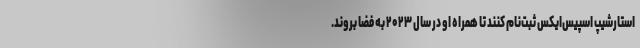
استارشیپ اسپیس‌ایکس ثبت‌نام کنند تا همراه او در سال ۲۰۲۳ به فضا بروند.